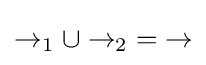
{\rightarrow _{1}\cup \rightarrow _{2}}={\rightarrow }